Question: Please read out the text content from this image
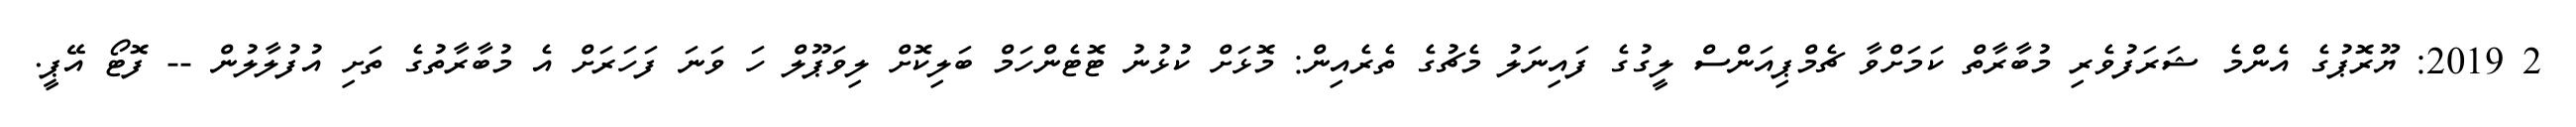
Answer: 2 2019: ޔޫރޮޕުގެ އެންމެ ޝަރަފުވެރި މުބާރާތް ކަމަށްވާ ޗެމްޕިއަންސް ލީގުގެ ފައިނަލު މެޗުގެ ތެރެއިން: މޮޅަށް ކުޅުނު ޓޮޓެންހަމް ބަލިކޮށް ލިވަޕޫލް ހަ ވަނަ ފަހަރަށް އެ މުބާރާތުގެ ތަށި އުފުލާލުން -- ފޮޓޯ އޭޕީ.